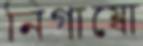
নিগাম্বো